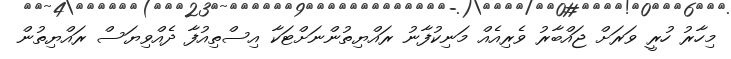
މިހާރު ހުރީ ވަރަށް ޖައްބާރު ވެރިއެއް މަނިކުފާނު ރައްޔިތުންނަށްޓަކާ އިސްތިއުފާ ދެއްވިޔަސް ރައްޔިތުން